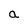
Character: a